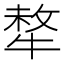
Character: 㹈